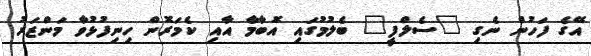
އޭގެ ފަހުން ނެގި "ސެލްފީ" ބެލުމުގައި އޮބާމާ އާއި ކެމަރޮން ހިނިފުޅުވާ މަންޒަރު